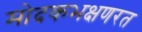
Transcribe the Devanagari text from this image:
मोदकभक्षणरत